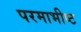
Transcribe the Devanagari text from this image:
परमाभीष्ट